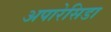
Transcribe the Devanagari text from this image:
अपारेसिडा